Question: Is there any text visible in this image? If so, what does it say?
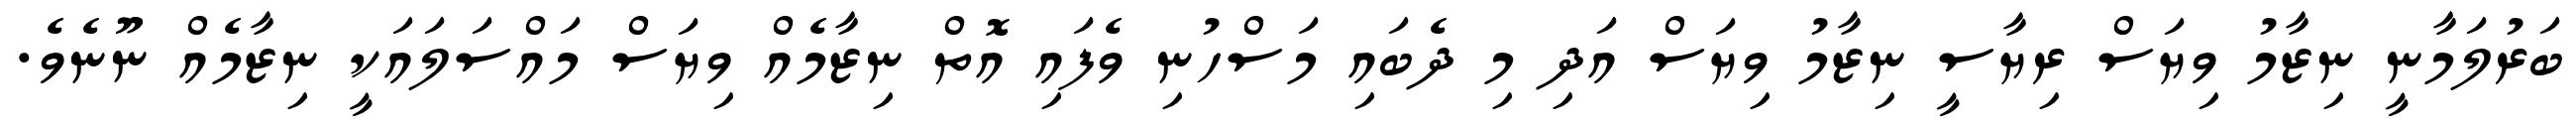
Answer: ބަރުލަމާނީ ނިޒާމު ވިޔަސް ރިޔާސީ ނިޒާމު ވިޔަސް އަދި މި ދެބައި މަސްހުނި ވެފައި އޮތް ނިޒާމެއް ވިޔަސް މައްސަލައަކީ ނިޒާމެއް ނޫނެވެ.